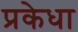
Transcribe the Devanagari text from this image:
प्रकेधा